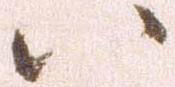
八